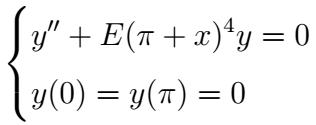
\[
\begin{cases}
y'' + E(\pi + x)^4y = 0 \\
y(0) = y(\pi) = 0
\end{cases}
\]